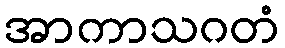
အာကာသဂတံ